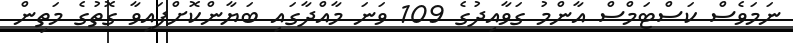
ނަމަވެސް ކަސްޓަމްސް އާންމު ގަވާއިދުގެ 109 ވަނަ މާއްދާގައި ބަޔާންކޮށްފައިވާ ގޮތުގެ މަތިން